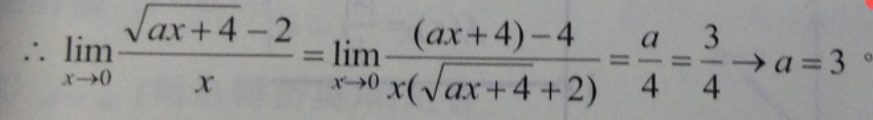
\[
\therefore \lim_{x \to 0} \frac{\sqrt{ax + 4}-2}{x}=\lim_{x \to 0} \frac{(ax + 4)-4}{x(\sqrt{ax + 4}+2)}=\frac{a}{4}=\frac{3}{4} \to a = 3
\]